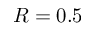
R = 0 . 5